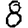
Digit: 8